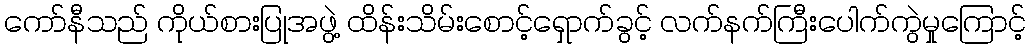
ကော်နီသည် ကိုယ်စားပြုအဖွဲ့ ထိန်းသိမ်းစောင့်ရှောက်ခွင့် လက်နက်ကြီးပေါက်ကွဲမှုကြောင့်